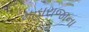
મહારાજાના